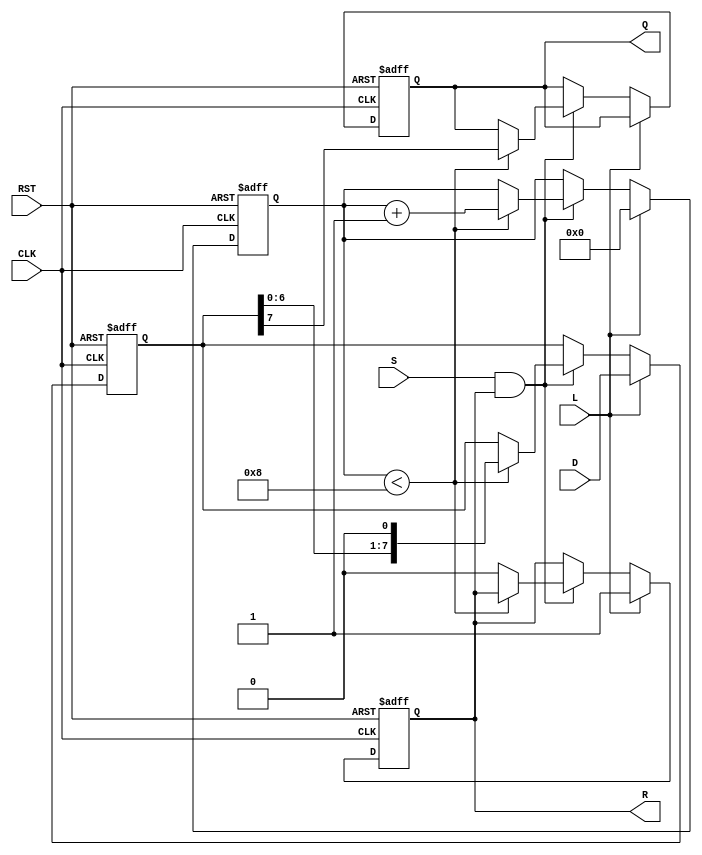
module PISO_Register (
    input wire [7:0] D,      // Data Input
    input wire L,            // Load signal
    input wire S,            // Shift signal
    input wire CLK,          // Clock signal
    input wire RST,          // Reset signal
    output reg Q,            // Serial Output
    output reg R             // Ready signal
);

    reg [7:0] SR;            // Shift Register
    reg [3:0] CNT;           // Counter for bits shifted out

    // Asynchronous Reset
    always @(posedge CLK or posedge RST) begin
        if (RST) begin
            SR <= 8'b0;      // Clear Shift Register
            CNT <= 4'b0;     // Reset Counter
            Q <= 1'b0;       // Clear Serial Output
            R <= 1'b0;       // Clear Ready signal
        end else begin
            if (L) begin
                SR <= D;     // Load data into Shift Register
                CNT <= 4'b0; // Reset Counter
                R <= 1'b1;   // Indicate ready to shift
            end else if (S && R) begin
                if (CNT < 4'd8) begin
                    Q <= SR[7]; // Output MSB to Serial Output
                    SR <= {SR[6:0], 1'b0}; // Shift right
                    CNT <= CNT + 1; // Increment Counter
                end else begin
                    R <= 1'b0; // No more bits to shift, not ready
                end
            end
        end
    end

endmodule